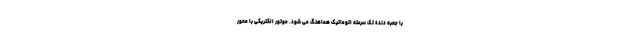
با جعبه دنده تک سرعته اتوماتیک هماهنگ می شود. موتور الکتریکی با محور